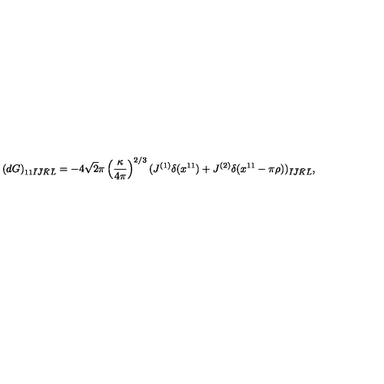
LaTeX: ( d G ) _ { 1 1 \bar { I } \bar { J } \bar { K } \bar { L } } = - 4 \sqrt { 2 } \pi \left( \frac { \kappa } { 4 \pi } \right) ^ { 2 / 3 } ( J ^ { ( 1 ) } \delta ( x ^ { 1 1 } ) + J ^ { ( 2 ) } \delta ( x ^ { 1 1 } - \pi \rho ) ) _ { \bar { I } \bar { J } \bar { K } \bar { L } } ,